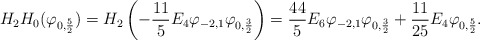
\begin{align*}H_2H_0(\varphi_{0,\frac 52})=H_2\left(-\frac{11}5 E_4 \varphi_{-2,1}\varphi_{0,\frac 32}\right)=\frac{44}5 E_6 \varphi_{-2,1}\varphi_{0,\frac 32}+\frac{11}{25}E_4\varphi_{0,\frac 52}.\end{align*}